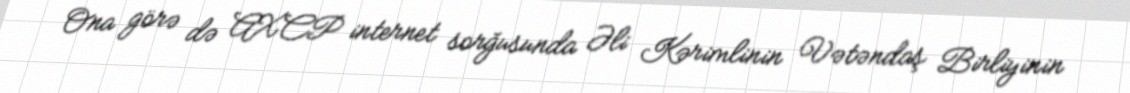
Ona görə də AXCP internet sorğusunda Əli Kərimlinin Vətəndaş Birliyinin